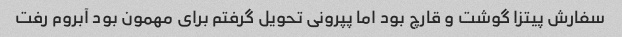
سفارش پیتزا گوشت و قارچ بود اما پپرونی تحویل گرفتم برای مهمون بود آبروم رفت